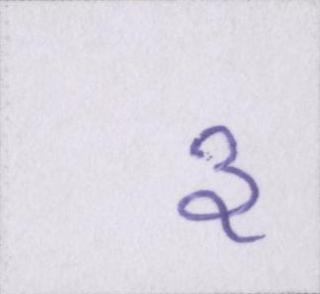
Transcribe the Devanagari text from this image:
३